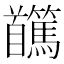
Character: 𩠸